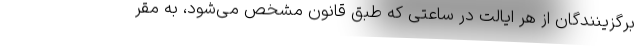
برگزینندگان از هر ایالت در ساعتی که طبق قانون مشخص می‌شود، به مقر